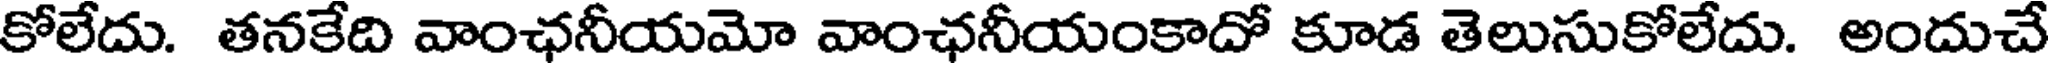
కోలేదు. తనకేది వాంఛనీయమో వాంఛనీయంకాదో కూడ తెలుసుకోలేదు. అందుచే